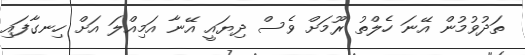
ތަދުވުމުން އޭނަ ހެލްތު ރޫމަށް ވެސް ދިޔައީ އޭނާ އަމިއްލަ އަށް ހިނގާފައި